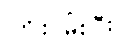
ကြိုးပမ်းပြီး